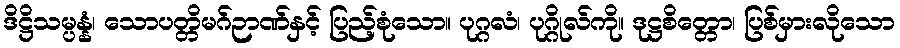
ဒိဋ္ဌိသမ္ပန္နံ၊ သောပတ္တိမဂ်ဉာဏ်နှင့် ပြည့်စုံသော။ ပုဂ္ဂလံ၊ ပုဂ္ဂိုလ်ကို။ ဒုဋ္ဌစိတ္တော၊ ပြစ်မှားလိုသော